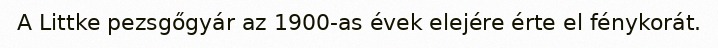
A Littke pezsgőgyár az 1900-as évek elejére érte el fénykorát.